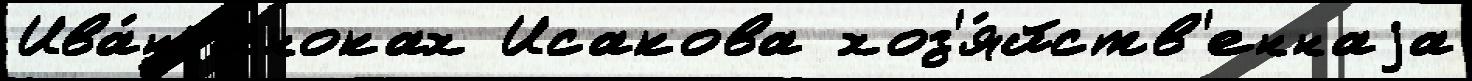
Ива́н и́ноках Исакова хоз'я́йств'еннаjа